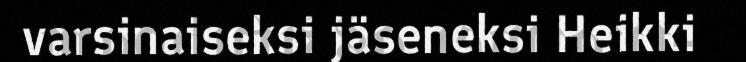
varsinaiseksi jäseneksi Heikki